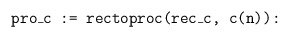
\begin{align*}\texttt{pro\_c := rectoproc(rec\_c, c(n)):}\end{align*}